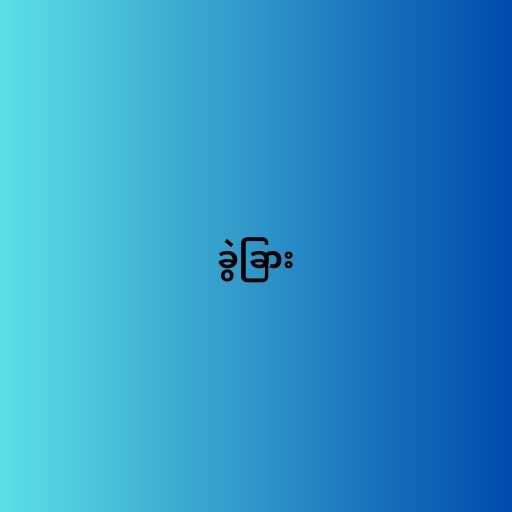
ခွဲခြား